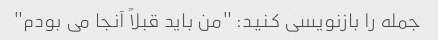
جمله را بازنویسی کنید: "من باید قبلاً آنجا می بودم"